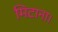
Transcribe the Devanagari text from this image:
मिटाना।